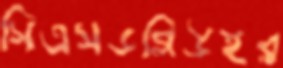
সিএসডব্লিউইর